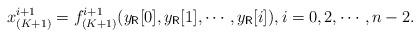
LaTeX: \begin{align*}x_{(K+1)}^{i+1} = f_{(K+1)}^{i+1}(y_{\mathsf{R}}[0],y_{\mathsf{R}}[1],\cdots,y_{\mathsf{R}}[i]), i=0,2,\cdots,n-2.\end{align*}